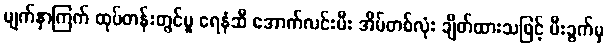
မျက်နှာကြက် ထုပ်တန်းတွင်မူ ရေနံဆီ အောက်လင်းမီး အိမ်တစ်လုံး ချိတ်ထားသဖြင့် မီးခွက်မှ